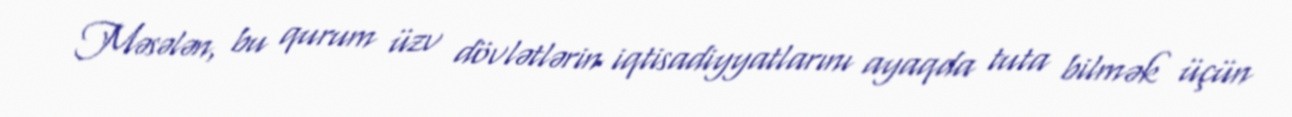
Məsələn, bu qurum üzv dövlətlərin iqtisadiyyatlarını ayaqda tuta bilmək üçün